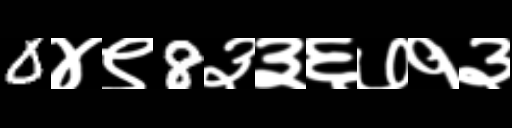
Text: 0४९8३३६७१३